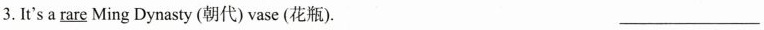
3.It's a \underline{rare} Ming Dynasty (朝代) vase (花瓶). ___